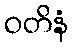
ဝတိနံ